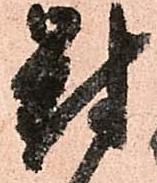
對